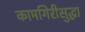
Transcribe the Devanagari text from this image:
कामगिरीसुद्धा